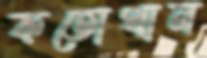
কতোখান